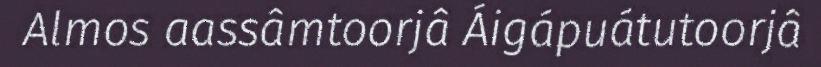
Almos aassâmtoorjâ Áigápuátutoorjâ